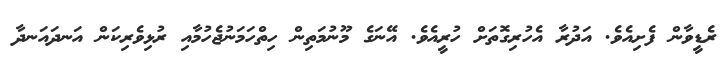
ރެޑީވާން ފެށިއެވެ. އަދުރާ އެހުރިގޮތަށް ހުރީއެވެ. އޭނަގެ މޫނުމަތިން ހިތްހަމަނުޖެހުމާއި ރުޅިވެރިކަން އަނދައަނދާ